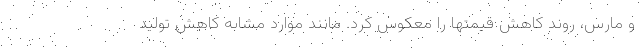
و مارس، روند کاهش قیمتها را معکوس کرد. مانند موارد مشابه کاهش تولید